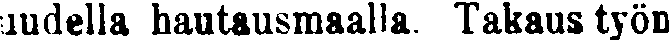
uudella hautausmaalla. Takaus työn